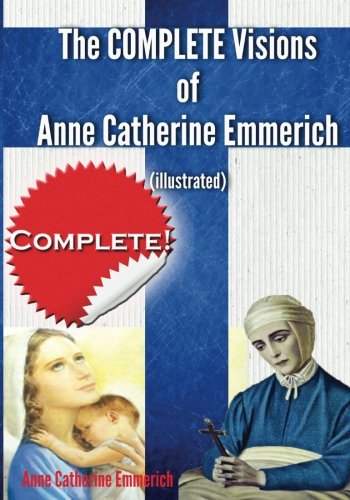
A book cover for The Complete Visions of Anne Catherine Emmerich (Illustrated): The Lowly Life and Bitter Passion of Our Lord Jesus Christ and His Blessed Mother Together   with the Mysteries of the Old Testament; Anne Catherine Emmerich; Christian Books & Bibles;